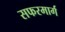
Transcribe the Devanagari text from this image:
सफरमार्ग